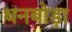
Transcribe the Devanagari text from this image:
धनबोड़ा